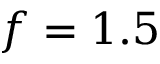
f = 1 . 5